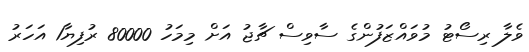
ވެލާ ރިސޯޓު މުވައްޒަފުންގެ ސާވިސް ޗާޖު އަށް މިމަހު 80000 ރުފިޔާ1 އަހަރު